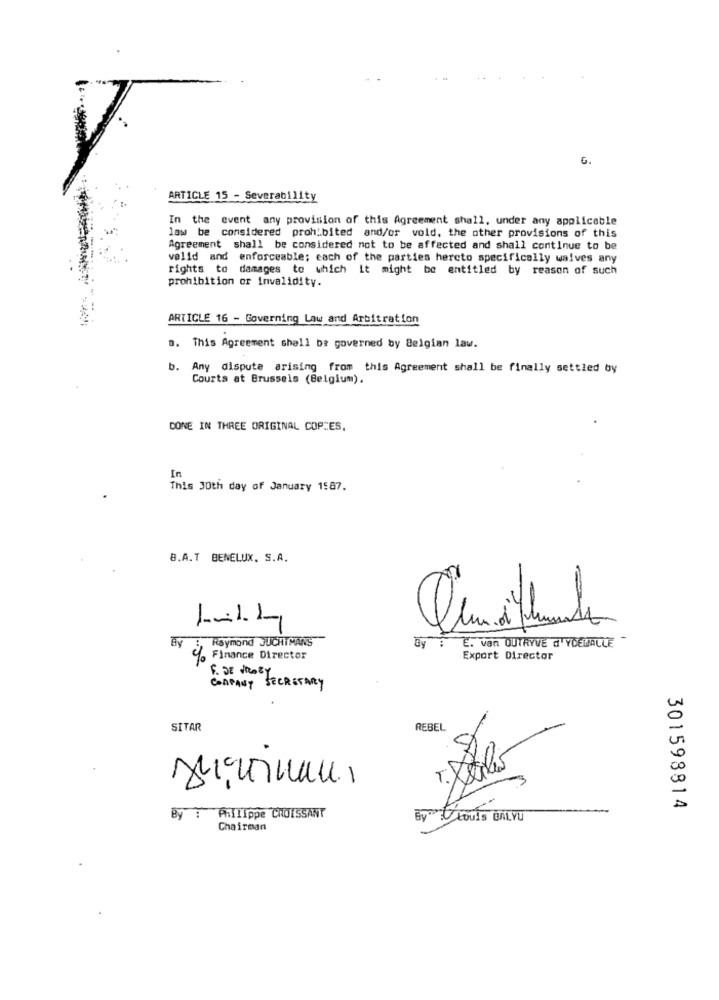
G.
ARTICLE 15 - Severability
In the event any provision of this Agreement shall, under any applicable
law be considered prohibited and/or vold, the other provisions of this
Agreement shall be considered not to be affected and shall continue to be
valid and enforceable; each of the parties hercto specifically waives any
rights to damages to which it might be entitled by reason of such
prohibition or invalidity.
ARTICLE 16 - Governing Law and Arbitration
a. This Agreement shall be governed by Belgian law.
b.
Any dispute arising from this Agreement shall be finally settled by
Courts at Brussels (Belgium).
CONE IN THREE ORIGINAL COPIES,
In
This 30th day of January 1587.
8.A.T BENELUX. S.A.
-
Raymond JUCHIMANS
By : E. van OUTRYVE d'YDEWALLE -
Av if Finance Director
Export Director
F. DE MRAZY
COMPANY SECRETARY
SITAR
REBEL
-
301598814
By : Phillippe CROISSANT
By : Louis BALYU
Chairman